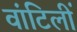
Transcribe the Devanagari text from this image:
वांटिलीं